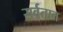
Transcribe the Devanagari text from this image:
सर्वतात